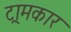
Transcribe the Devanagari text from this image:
ट्रामकार